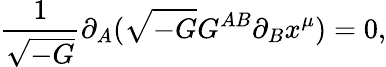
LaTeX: \frac{1}{\sqrt{-G}}\partial_{A}(\sqrt{-G}G^{AB}\partial_{B}x^{\mu})=0,